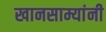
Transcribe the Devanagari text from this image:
खानसाम्यांनी